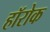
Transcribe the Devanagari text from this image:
हॉरोक